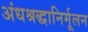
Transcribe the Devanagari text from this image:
अंधश्रद्धानिर्मूलन